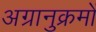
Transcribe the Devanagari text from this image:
अग्रानुक्रमों